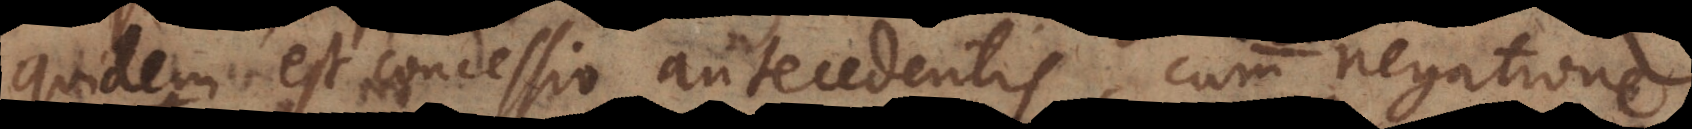
quidem est concessio antecedentis, cum negatione